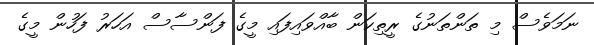
ނަމަވެސް މި ތަންތަނުގެ ރީތިކަން ބާއްވައިފައި މީގެ ފަންސާސް އަހަރު ފަހުން މީގެ